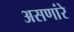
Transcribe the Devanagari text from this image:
असणांरे